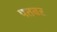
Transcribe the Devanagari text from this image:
पतवर